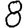
Digit: 8